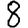
Digit: 8